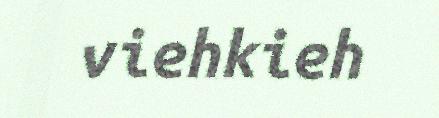
viehkieh